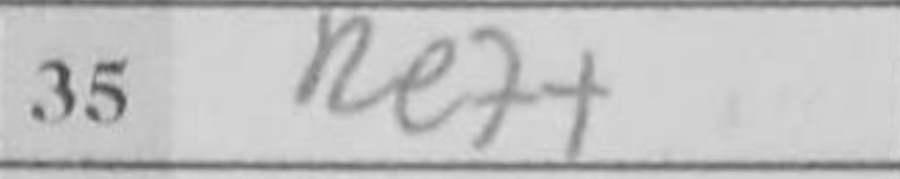
Transcription: Re7+